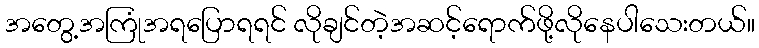
အတွေ့အကြုံအရပြောရရင် လိုချင်တဲ့အဆင့်ရောက်ဖို့လိုနေပါသေးတယ်။